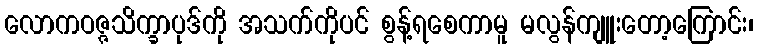
လောကဝဇ္ဇသိက္ခာပုဒ်ကို အသက်ကိုပင် စွန့်ရစေကာမူ မလွန်ကျူးတော့ကြောင်း၊